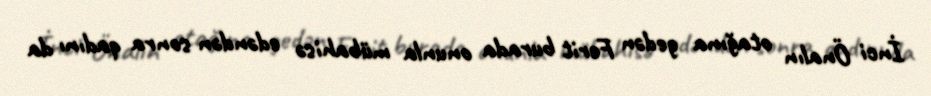
İnci Önalın otağına gedən Ferit burada onunla mübahisə edəndən sonra qadını da